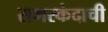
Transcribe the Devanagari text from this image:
समरकंदाची